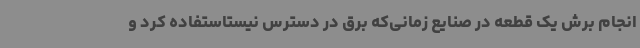
انجام برش یک قطعه در صنایع زمانی‌که برق در دسترس نیستاستفاده کرد و